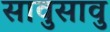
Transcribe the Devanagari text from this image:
सावुसावु